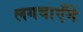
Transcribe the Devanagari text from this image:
लगवाएँगे